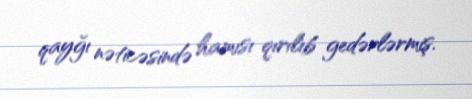
qayğı nəticəsində hamısı qırılıb gedərlərmiş.